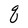
Character: q